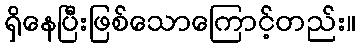
ရှိနေပြီးဖြစ်သောကြောင့်တည်း။